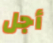
أجل